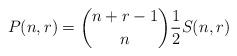
LaTeX: \begin{align*}P(n,r)=\binom{n+r-1}{n}\frac{1}{2}S(n,r)\end{align*}